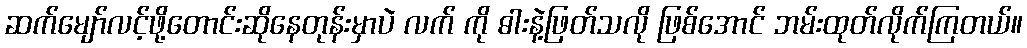
ဆက်မျော်လင့်ဖို့တောင်းဆိုနေတုန်းမှာပဲ လက် ကို ဓါးနဲ့ဖြတ်သလို ဖြစ်အောင် ဘမ်းထုတ်လိုက်ကြတယ်။